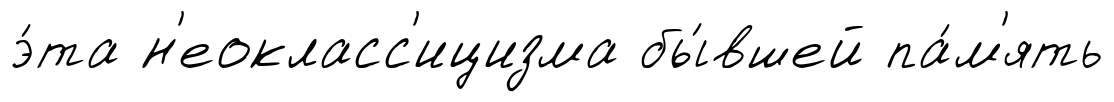
э́та н'еокласс'ицизма бы́вшей па́м'ять